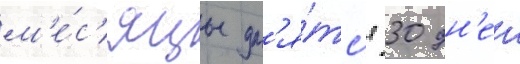
м'е́с'яцы дл'я́тс'я 30 дн'еи